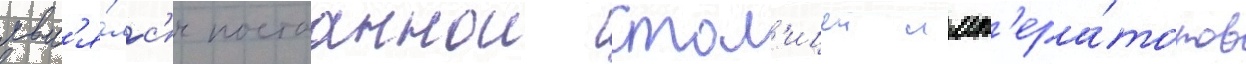
явл'я́лс'я постоаннои стол'ицеи имп'ера́торов